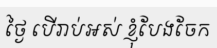
ថ្ងៃ បើរាប់អស់ ខ្ញុំបែងចែក